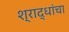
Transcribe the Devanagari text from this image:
श्राद्धांचा